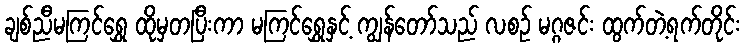
ချစ်ညီမကြင်ရွှေ ထိုမှတပြီးကာ မကြင်ရွှေနှင့် ကျွန်တော်သည် လစဉ် မဂ္ဂဇင်း ထွက်တဲ့ရက်တိုင်း